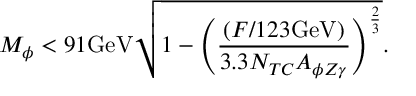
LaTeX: M _ { \phi } < 9 1 \mathrm { G e V } \sqrt { 1 - \left( { \frac { ( F / 1 2 3 \mathrm { G e V } ) } { 3 . 3 N _ { T C } A _ { \phi Z \gamma } } } \right) ^ { \frac { 2 } { 3 } } } .